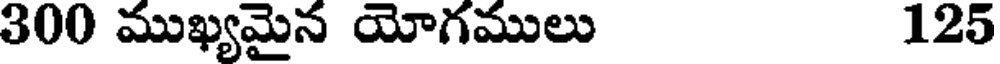
300 ముఖ్యమైన యోగములు 125